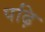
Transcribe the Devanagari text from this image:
पढ़ि